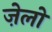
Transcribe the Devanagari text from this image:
ज़ेलों